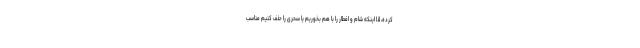
کرده، لذا اینکه شام و افطار را با هم بخوریم یا سحری را حذف کنیم مناسب